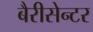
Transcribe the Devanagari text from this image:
बैरीसेन्टर